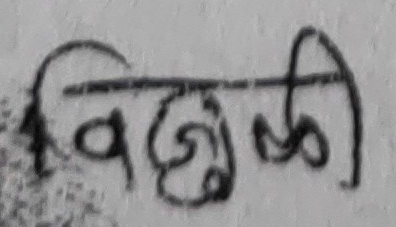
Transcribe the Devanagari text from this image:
विछी